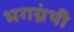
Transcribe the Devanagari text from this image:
भगग्रंथी